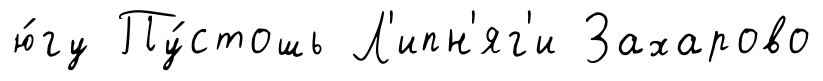
ю́гу Пу́стошь Л'ипн'яг'и Захарово